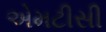
એમટીસી